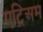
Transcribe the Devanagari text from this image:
एट्रिअम